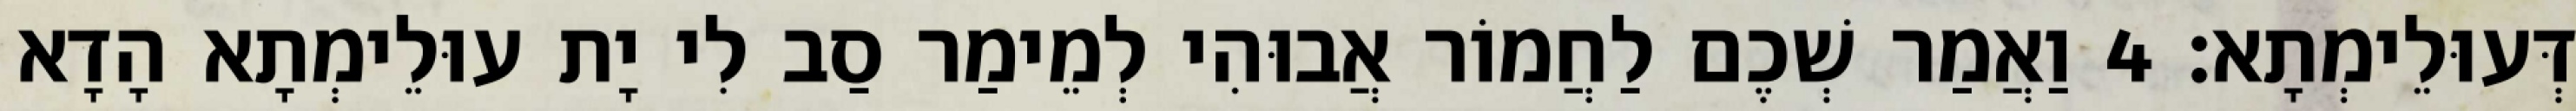
דְּעוּלֵימְתָא׃ 4 וַאֲמַר שְׁכֶם לַחֲמוֹר אֲבוּהִי לְמֵימַר סַב לִי יָת עוּלֵימְתָא הָדָא